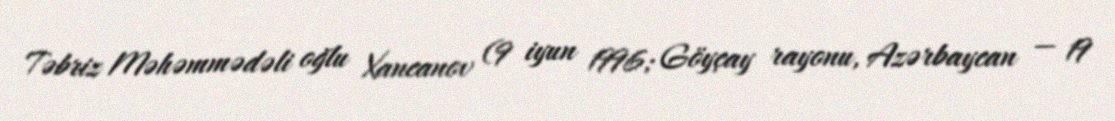
Təbriz Məhəmmədəli oğlu Xancanov (9 iyun 1996; Göyçay rayonu, Azərbaycan — 19